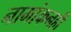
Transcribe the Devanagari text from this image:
नामांकनही